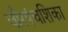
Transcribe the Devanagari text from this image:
चौरपंचशिका